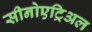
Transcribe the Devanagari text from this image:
सीनोएट्रिअल